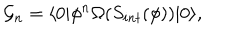
{ \cal G } _ { n } = \langle 0 | \phi ^ { n } \Omega ( S _ { i n t } ( \phi ) ) | 0 \rangle ,